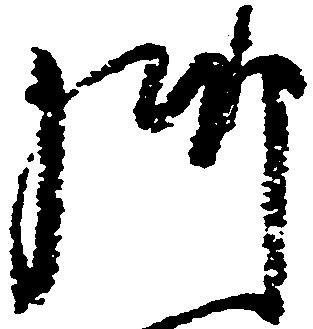
御